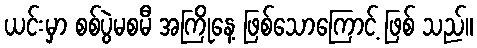
ယင်းမှာ စစ်ပွဲမစမီ အကြိုနေ့ ဖြစ်သောကြောင့် ဖြစ် သည်။